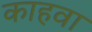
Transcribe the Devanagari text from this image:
काहवा